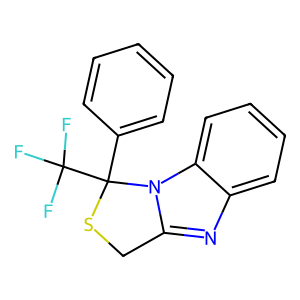
SMILES: FC(F)(F)C1(c2ccccc2)SCc2nc3ccccc3n21
Inhibits HIV replication: Yes